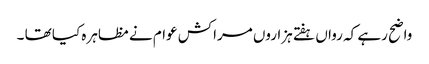
واضح رہے کہ رواں ہفتے ہزاروں مراکش عوام نے مظاہرہ کیا تھا ۔